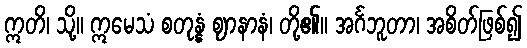
ဣတိ၊ သို့။ ဣမေသံ စတုန္နံ ဈာနာနံ၊ တို့၏။ အင်္ဂဘူတာ၊ အစိတ်ဖြစ်၍